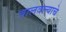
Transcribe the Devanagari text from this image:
चालवल्याचे